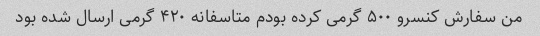
من سفارش کنسرو ۵۰۰ گرمی کرده بودم متاسفانه ۴۲۰ گرمی ارسال شده بود